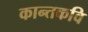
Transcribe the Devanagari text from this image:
कान्तकवि